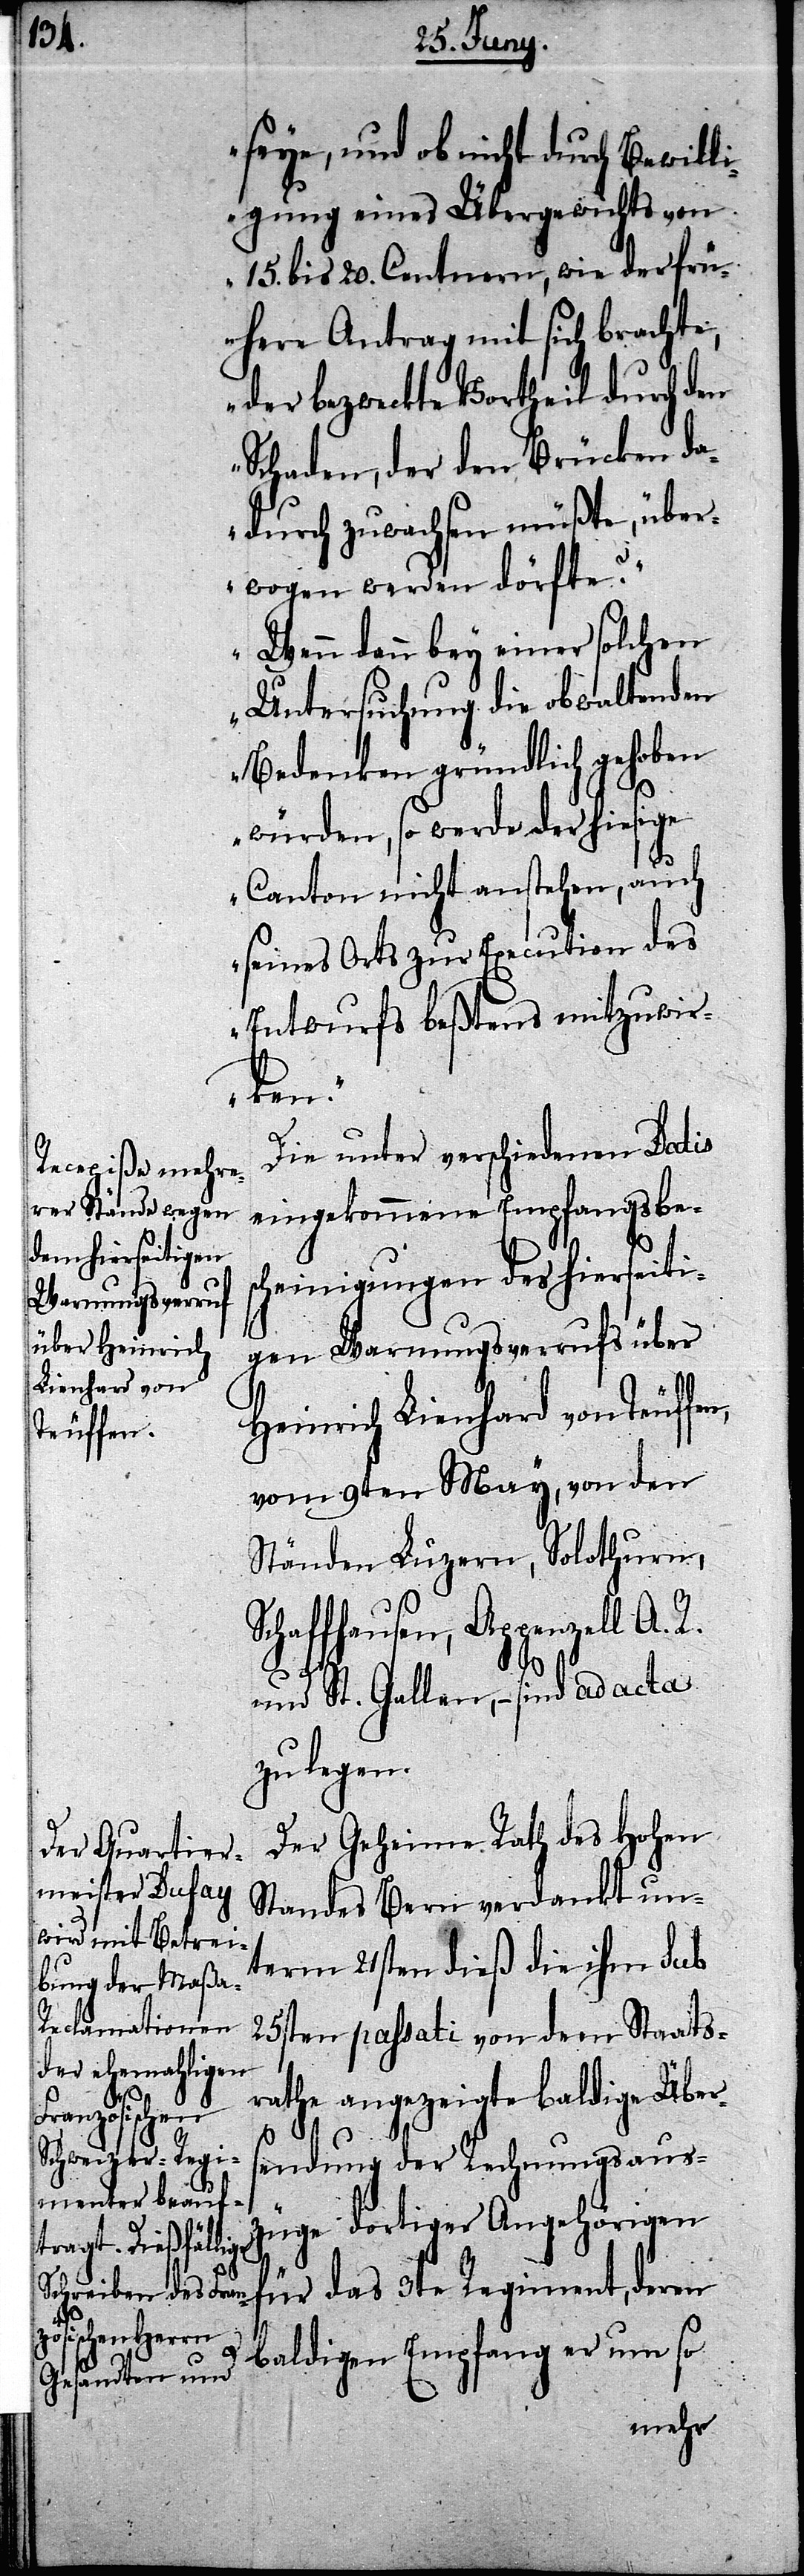
seye, und ob nicht durch Bewilli¬
gung eines Übergewichts von
15. bis 20. Centnern, wie der frü¬
here Antrag mit sich brachte,
der bezweckte Vorheil durch den
Schaden, der den Brücken da¬
durch zuwachsen müßte, über¬
wogen werden dörfte?“
„Wenn denn bey einer solchen
Untersuchung die obwaltenden
Bedenken gründlich gehoben
würden, so werde der hiesige
Canton nicht anstehen, auch
seines Orts zur Execution des
Entwurfs beßtens mitzuwir¬
ken.“
Die unter verschiedenen Datis
eingekommene Empfangsbes¬
cheinigungen des hierseiti¬
gen Warnungsverrufs über
Heinrich Lienhard von Teuffen,
vom 9ten May, von den
Ständen Luzern, Solothurn,
Schaffhausen, Appenzell A. R.
und St. Gallen, – sind ad acta
zu legen.
Der Geheime Rath des Hohen
Standes Bern verdankt un¬
term 21sten dieß die ihm Sub
25sten passati von dem Staats¬
rathe angezeigte baldige Über¬
sendung der Rechnungsaus¬
züge dortiger Angehörigen
baldigen Empfang er um so